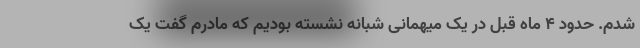
شدم. حدود 4 ماه قبل در یک میهمانی شبانه نشسته بودیم که مادرم گفت یک